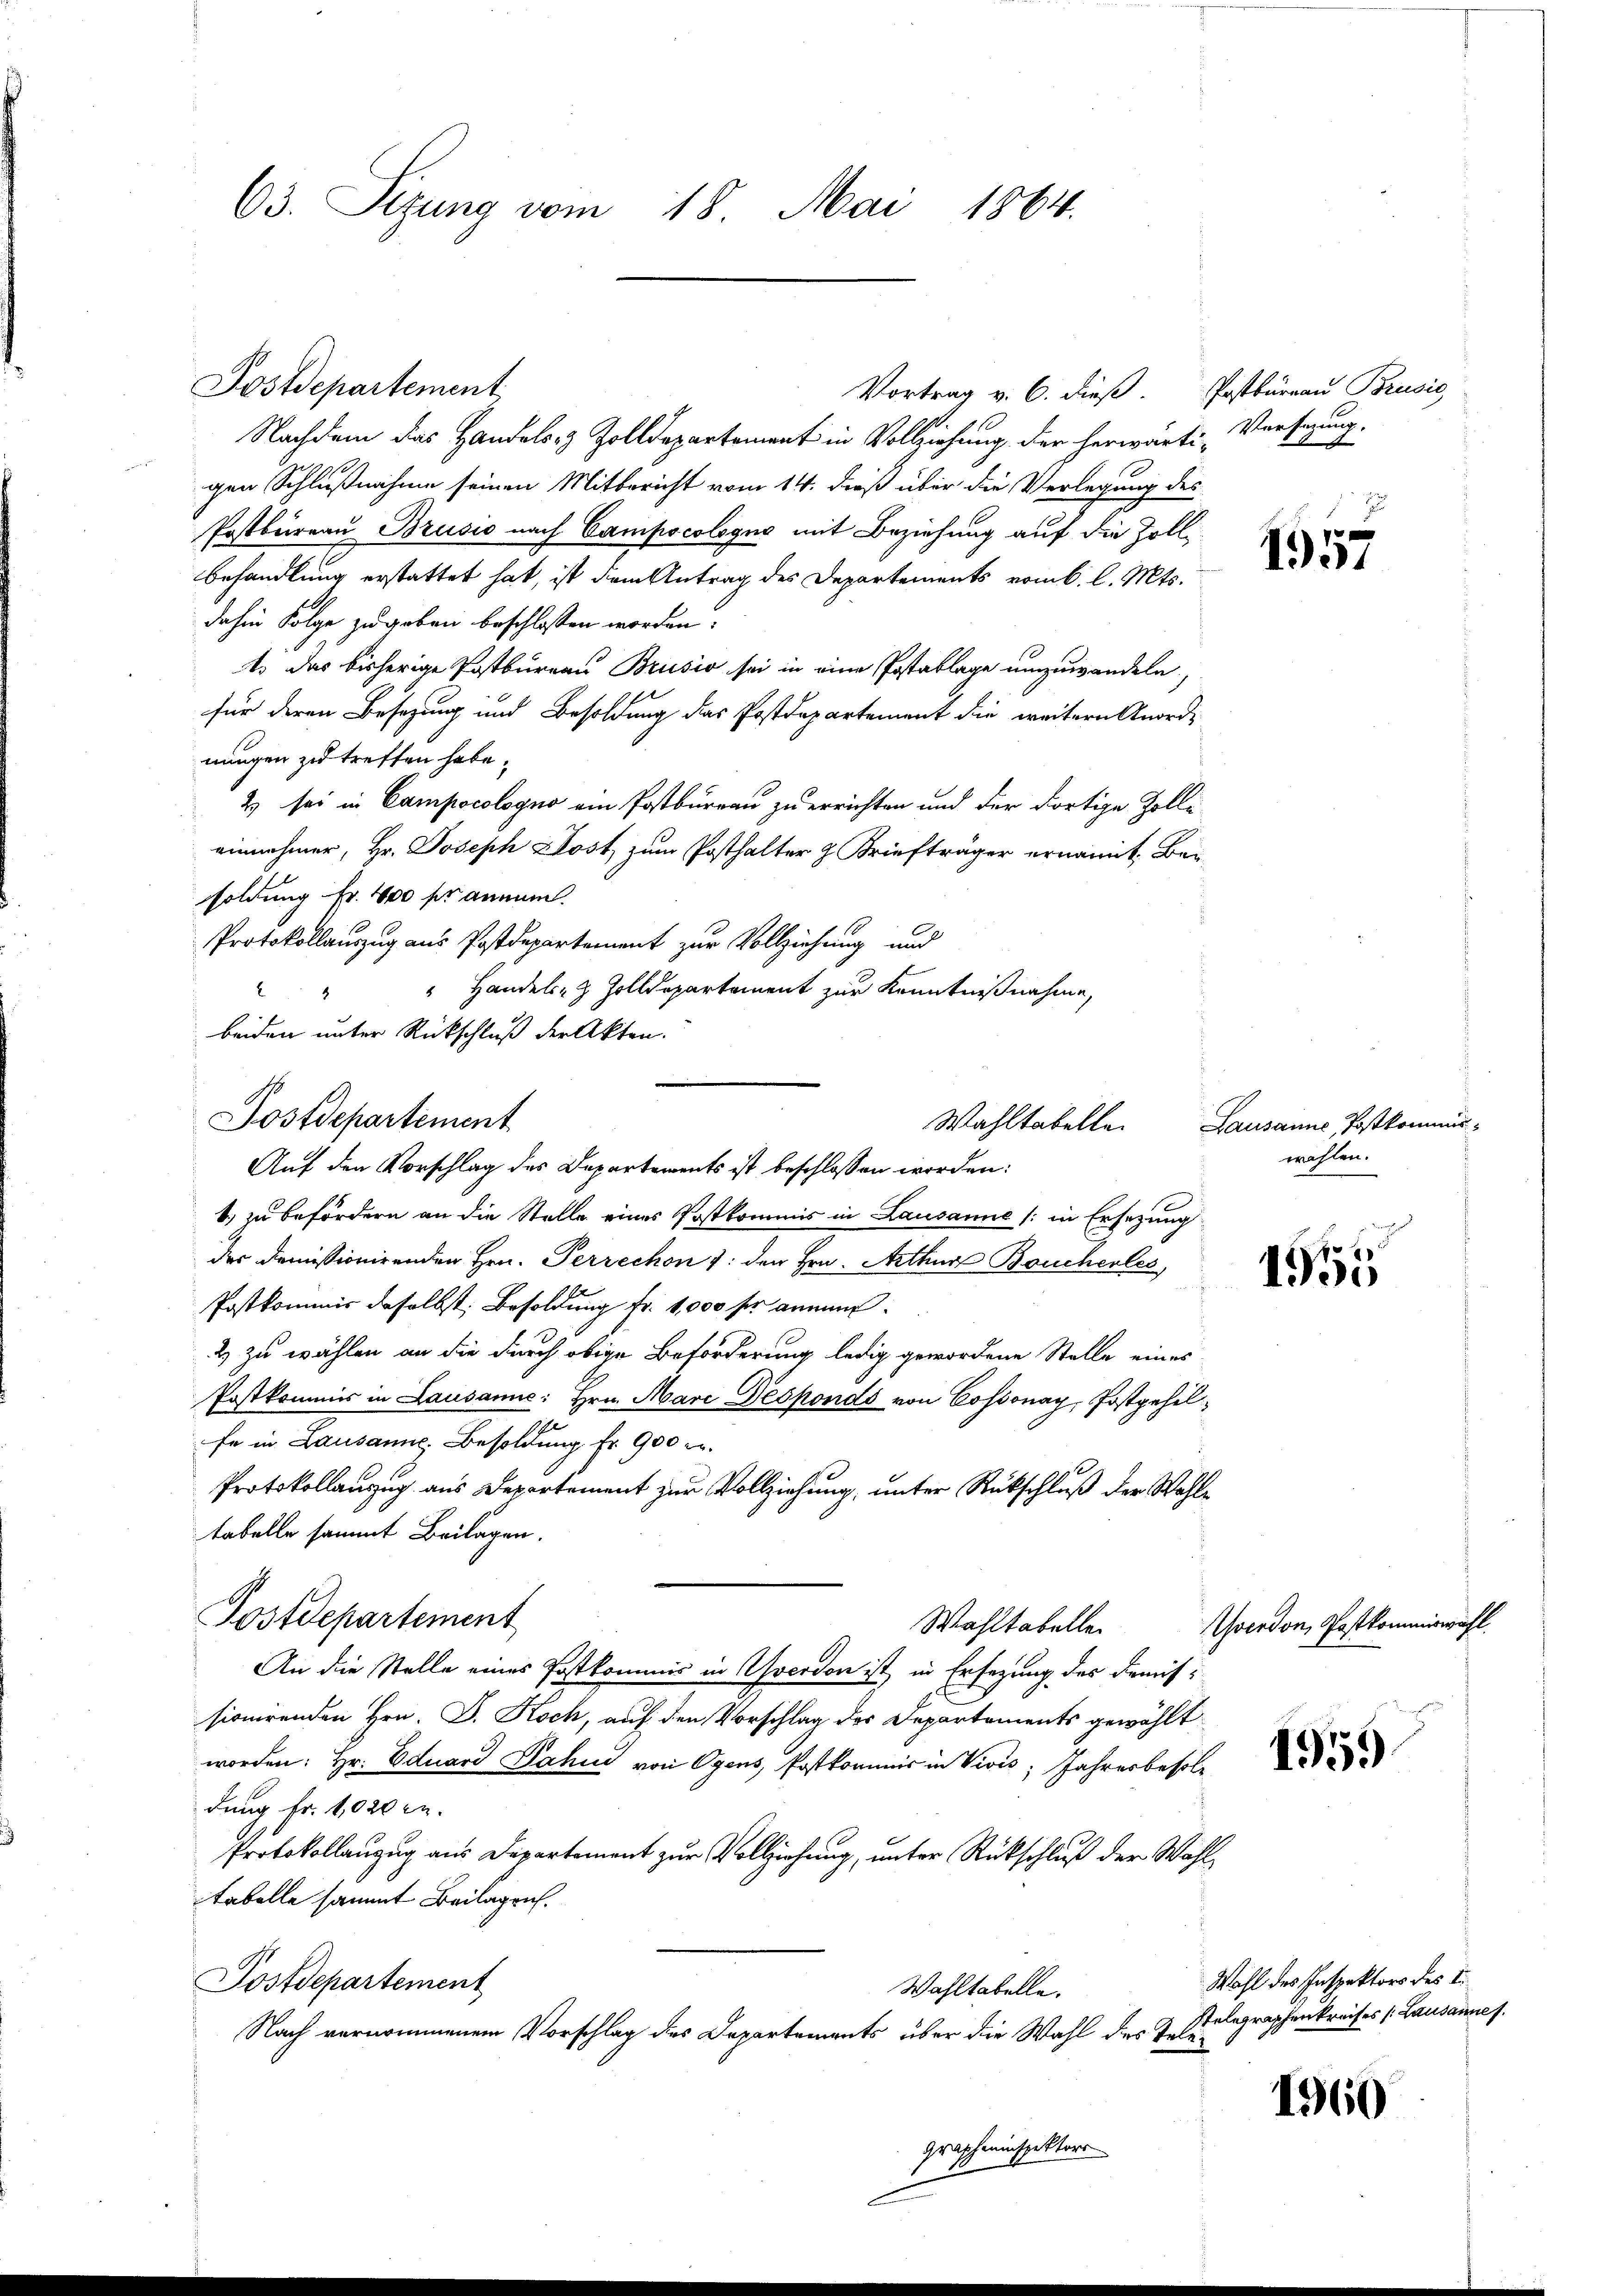
63. Sitzung vom 18. Mai 1864.

Vortrag v. 6. dieß. Postbureau Brusić
Nachdem das Handels- & Zolldepartement in Vollziehung der herwärti-
gen Schlußnahme seinen Mitbericht vom 14. dieß über die Verlegung des
Postbüreau Brusio nach Campocologus mit Beziehung auf die Zollbehandlung erstattet hat, ist dem Antrag des Departements vom 6. l. Mts.
dahin Folge zugeben beschlossen worden:
4. Das bisherige Postbureau Brusio sei in eine Postaklage umzuwandeln,
für deren Besetzung und Besoldung das Postdepartement die weitern Anord-
nungen zu treffen habe.
2 sei in Campocologno am Postbureau zu errichten und der dortige Zolli
einnehmer, Hr. Joseph Post, zum Posthalter z. Briefträger ernannt, Besoldung Fr. 400 fr annum.
Protokollauszug aus Postdepartement zur Vollziehung und
 Handels- & Zolldepartement zur Kenntnißnahme,
4
beiden unter Rückschluß der Akten.
1) zu befördern an die Stelle eines Postkommis in Lausanne (in Ersetzung
der demissionirenden Hrn. Perrechen 7: den Hrn. Arthur Boucherles
f
Postkommis daselbst Besoldung fr. 1,000 fr annen.
2) zu wählen an die durch obige Beförderung ledig gewordene Stelle eines
Postkommis in Lausanne: Hrn. Marc Desponds von Cossonay, Postgehilfe in Lausanne, Besoldung Fr. 900 c.
Protokollauszug aus Departement zur Vollziehung, unter Rückschluß der Wohltabelle sammt Beilagen.
Postdepartement
Wahltabellen
An die Stelle eines Postkommis in Yverdon ist, in Ersezung des Freitsionirenden Hrn. J. Koch, auf den Vorschlag des Departements gewählt
worden: Hr. Eduard Jahn von Oyens, Postkommis in Vivis; Jahresbesoldung Fr. 1020 c.
Protokollanzug aus Departement zur Vollziehung, unter Rückschluß der Wahl
tabelle sammt Beilagen.
Postdepartement
Wahltabelle.
Nach vernommenem Vorschlag des Departements über die Wahl des Telegrapheninspektors

Postdepartement

Postdepartement
Auf den Vorschlag des Departements ist beschlossen worden:

1957

1955

Verfügung.
Aus

Wahltabelle. Lausanne Postkommiswahlen.

Uverdon, Postkommiswahl

1959

1960

Wahl des Inspektors des I
Selegraphenkreises (Lausannes.